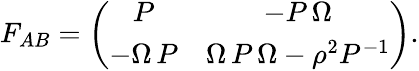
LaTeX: F_{AB}=\left(\begin{array}{ccc}{{P}}&{{-P\, \Omega}}\\ {{-\Omega\, P}}&{{\Omega\, P\, \Omega-\rho^{2}P^{-1}}}\end{array}\right).